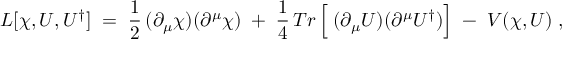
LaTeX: { \cal L } [ \chi , U , U ^ { \dagger } ] \; = \; \frac { 1 } { 2 } \, ( \partial _ { \mu } \chi ) ( \partial ^ { \mu } \chi ) \; + \; \frac { 1 } { 4 } \, T r \left[ \frac { } { } ( \partial _ { \mu } U ) ( \partial ^ { \mu } U ^ { \dagger } ) \right] \; - \; V ( \chi , U ) \; ,